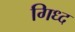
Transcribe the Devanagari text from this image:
गिध्द